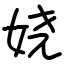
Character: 娆